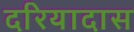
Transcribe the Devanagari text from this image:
दरियादास